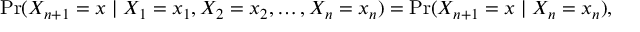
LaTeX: \operatorname* { P r } ( X _ { n + 1 } = x \mid X _ { 1 } = x _ { 1 } , X _ { 2 } = x _ { 2 } , \ldots , X _ { n } = x _ { n } ) = \operatorname* { P r } ( X _ { n + 1 } = x \mid X _ { n } = x _ { n } ) ,